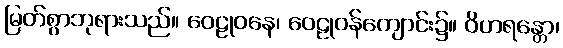
မြတ်စွာဘုရားသည်။ ဝေဠုဝနေ၊ ဝေဠုဝန်ကျောင်း၌။ ဝိဟရန္တော၊